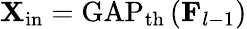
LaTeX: \mathbf{X}_{\mathrm{in}}=\operatorname{GAP}_{\mathrm{th}}\left(\mathbf{F}_{l-1}\right)